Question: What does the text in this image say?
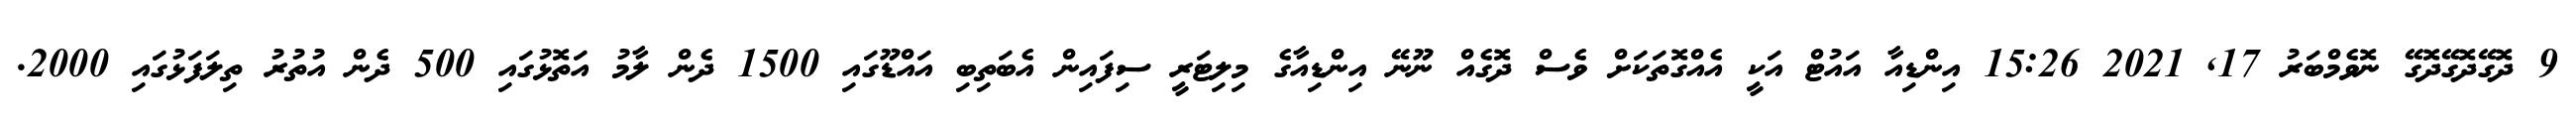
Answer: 9 ދޮގޭދޮގޭދޮގޭ ނޮވެމްބަރު 17, 2021 15:26 އިންޑިއާ އައުޓް އަކީ އެއްގޮތަކަށް ވެސް ދޮގެއް ނޫނޭ އިންޑިއާގެ މިލިޓަރީ ސިފައިން އެބަތިބި އައްޑޫގައި 1500 ދެން ލާމު އަތޮޅުގައި 500 ދެން އުތުރު ތިލަފަޅުގައި 2000.